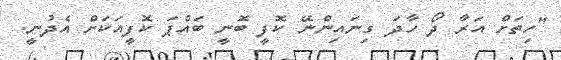
"ހިތަށް އަރާ ދޯ ހާދަ ގިނައިންނޭ ކޮފީ ބޮނީ ބައްޕަ ކޮފީއަކަށް އެދުނީ.